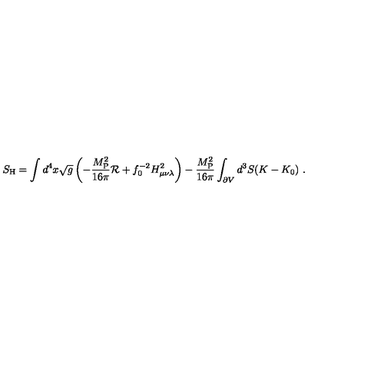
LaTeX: S _ { \mathrm { H } } = \int d ^ { 4 } x \sqrt g \left( - { \frac { M _ { \mathrm { P } } ^ { 2 } } { 1 6 \pi } } { \cal R } + f _ { 0 } ^ { - 2 } H _ { \mu \nu \lambda } ^ { 2 } \right) - { \frac { M _ { \mathrm { P } } ^ { 2 } } { 1 6 \pi } } \int _ { \partial V } d ^ { 3 } S ( K - K _ { 0 } ) \ .